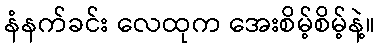
နံနက်ခင်း လေထုက အေးစိမ့်စိမ့်နဲ့။